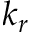
k _ { r }